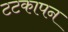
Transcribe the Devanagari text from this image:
टटकापन